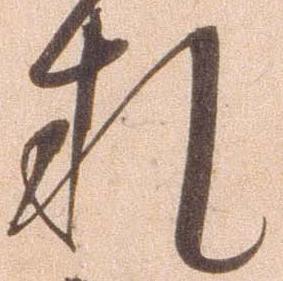
札